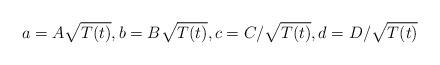
LaTeX: \begin{align*} a=A\sqrt{T(t)}, b=B\sqrt{T(t)}, c=C/\sqrt{T(t)}, d=D/\sqrt{T(t)}\end{align*}